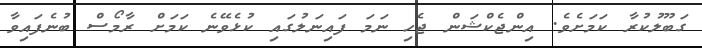
ގަބޫލުކުރާ ކަމަށެވެ. އިންޖެކްޝަން ޖެހި ނަމަ ފައިނަލުގައި ކުޅެވޭނެ ކަމަށް ރާމޯސް ބުނެފައިވާ